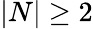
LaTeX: |N|\ge 2